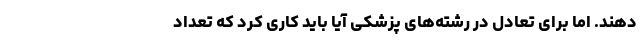
‌دهند. اما برای تعادل در رشته‌های پزشکی آیا باید کاری کرد که تعداد